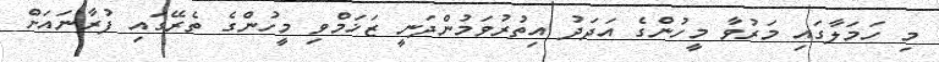
މި ހަމަލާގައި މަރުވާ މީހުންގެ އަދަދު އިތުރުވަމުންދަނީ ޒަޚަމްވި މީހުންގެ ތެރޭގައި ފުރާނައަށް